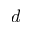
d